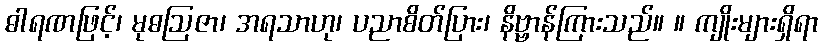
ဓါရဏဖြင့်၊ မုဓဩဇာ၊ အရသာဟု၊ ပညာစိတ်ပြား၊ နိဗ္ဗာန်ကြားသည်။ ။ ကျိုးများရှိရာ